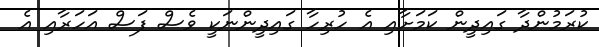
ކުރަމުންދާ ގައިދީން ކަމަށާއި އެ ހުރިހާ ގައިދީންނަކީ ވެސް ފަސް އަހަރާއި އެ